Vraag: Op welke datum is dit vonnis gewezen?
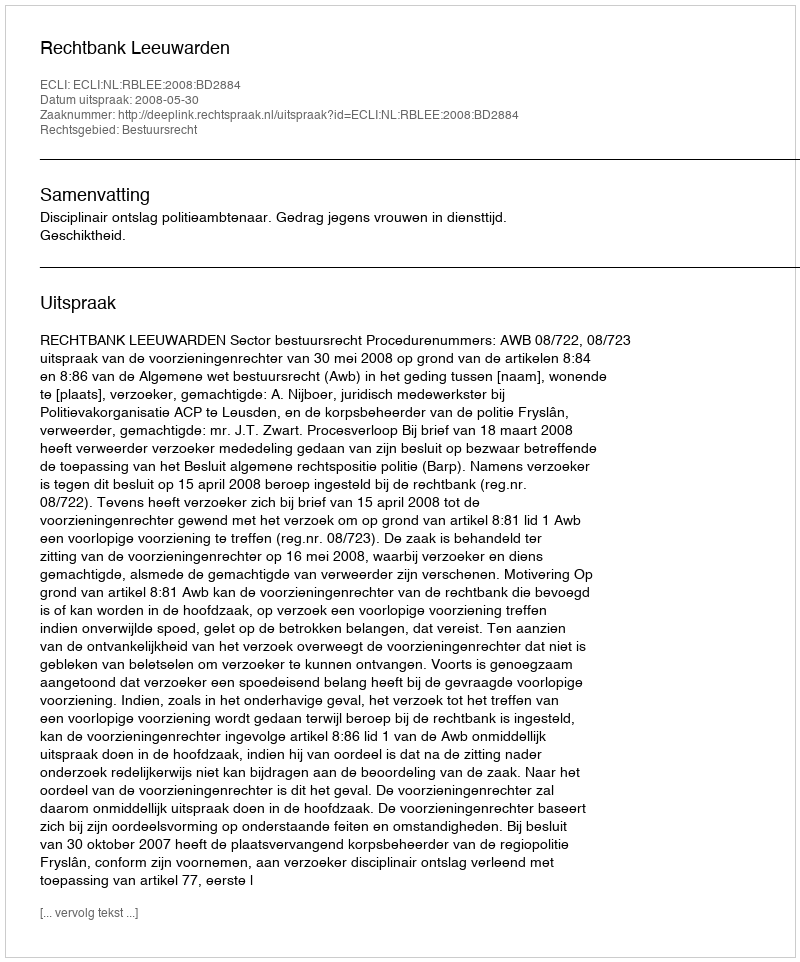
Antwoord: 2008-05-30